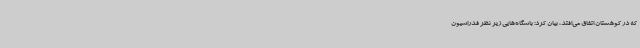
که در کوهستان اتفاق می‌افتد، بیان کرد: باشگاه‌هایی زیر نظر فدراسیون